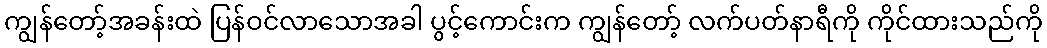
ကျွန်တော့်အခန်းထဲ ပြန်ဝင်လာသောအခါ ပွင့်ကောင်းက ကျွန်တော့် လက်ပတ်နာရီကို ကိုင်ထားသည်ကို